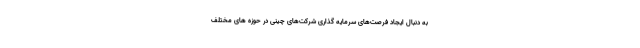
به دنبال ایجاد فرصت‌های سرمایه گذاری شرکت‌های چینی در حوزه های مختلف